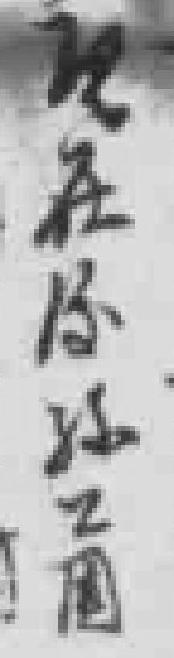
现在*孫工*